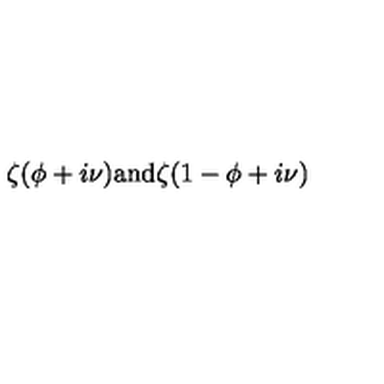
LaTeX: \zeta ( \phi + i \nu ) \mathrm { a n d } \zeta ( 1 - \phi + i \nu )